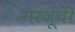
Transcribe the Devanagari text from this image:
गरजूंची